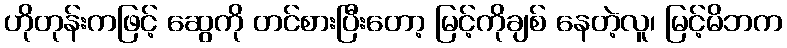
ဟိုတုန်းကဖြင့် ဆွေကို တင်စားပြီးတော့ မြင့်ကိုချစ် နေတဲ့လူ၊ မြင့်မိဘက